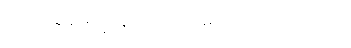
အခြေခံမရှိသူများလဲ လေ့လာကြည့်ပါ